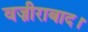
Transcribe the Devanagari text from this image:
वज़ीराबाद।